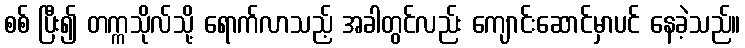
စစ် ပြီး၍ တက္ကသိုလ်သို့ ရောက်လာသည့် အခါတွင်လည်း ကျောင်းဆောင်မှာပင် နေခဲ့သည်။